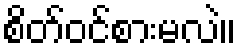
စိတ်ဝင်စားမလဲ။